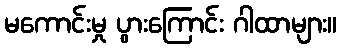
မကောင်းမှု ပွားကြောင်း ဂါထာများ။